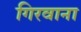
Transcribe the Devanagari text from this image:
गिरवाना